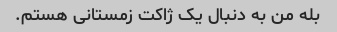
بله من به دنبال یک ژاکت زمستانی هستم.